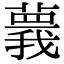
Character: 𦾒